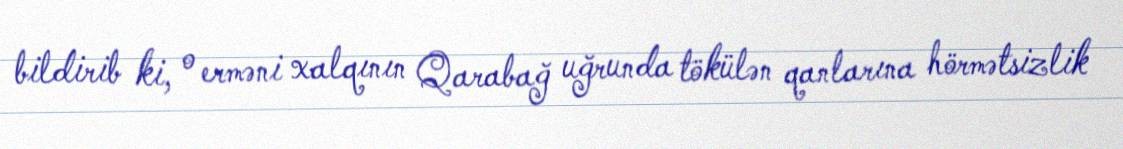
bildirib ki, o erməni xalqının Qarabağ uğrunda tökülən qanlarına hörmətsizlik